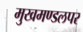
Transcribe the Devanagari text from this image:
मुखमण्डलपर